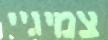
צמיגיי